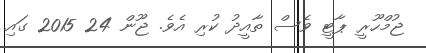
ޖުމްހޫރީ ޕާޓީ ވެސް ތާއީދު ކުރި އެވެ. ޖޫން 24 2015 ގައި